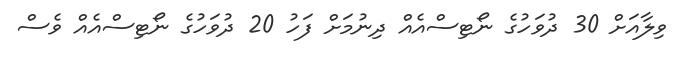
ވިލާއަށް 30 ދުވަހުގެ ނޯޓިސްއެއް ދިނުމަށް ފަހު 20 ދުވަހުގެ ނޯޓިސްއެއް ވެސް